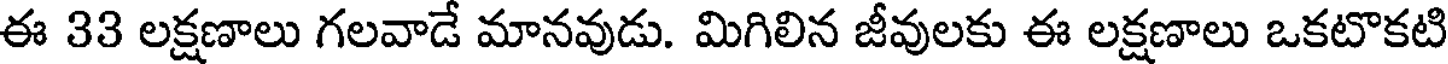
ఈ 33 లక్షణాలు గలవాడే మానవుడు. మిగిలిన జీవులకు ఈ లక్షణాలు ఒకటొకటి